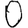
Digit: 0